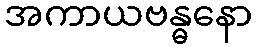
အကာယဗန္ဓနော